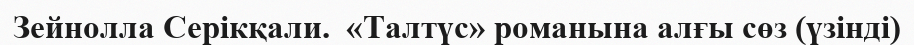
Зейнолла Серікқали.  «Талтүс» романына алғы сөз (үзінді)